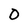
Character: O